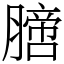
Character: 膪